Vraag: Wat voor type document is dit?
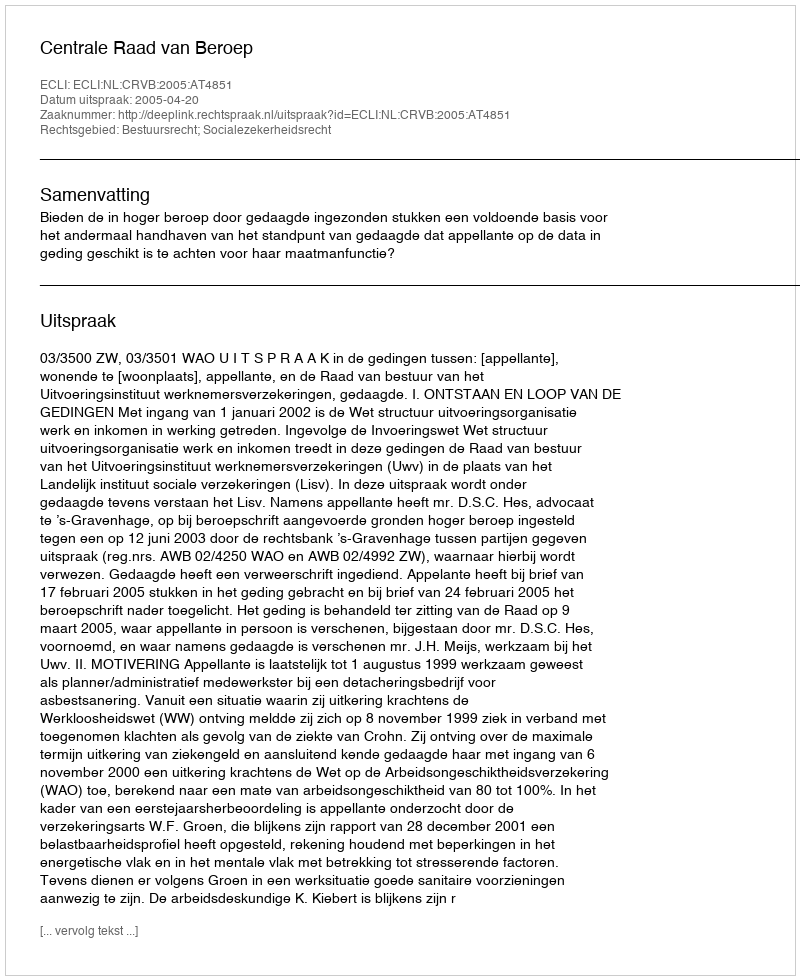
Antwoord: Uitspraak